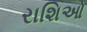
રાશિઓ